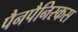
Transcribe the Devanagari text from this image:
पैनपैनिस्कस